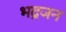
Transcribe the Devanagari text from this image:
भद्रजन